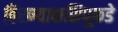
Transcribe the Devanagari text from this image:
हिरण्याकशिपूकडे